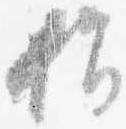
指